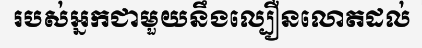
របស់អ្នកជាមួយនឹងល្បឿនលោតដល់